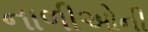
નાળીઓની